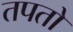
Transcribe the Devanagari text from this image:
तपतो